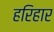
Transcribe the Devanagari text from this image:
हरिहार